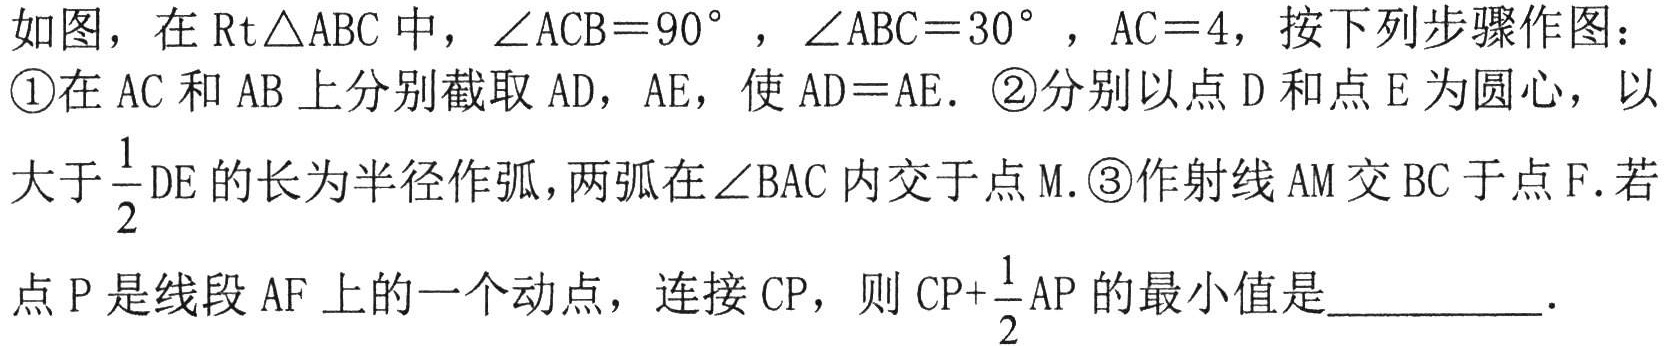
如图，在\(Rt\triangle ABC\)中，\(\angle ACB = 90^{\circ}\) ，\(\angle ABC = 30^{\circ}\) ，\(AC = 4\)，按下列步骤作图：

\textcircled{1}在\(AC\)和\(AB\)上分别截取\(AD\)，\(AE\)，使\(AD = AE\)．\textcircled{2}分别以点\(D\)和点\(E\)为圆心，以大于\(\frac{1}{2}DE\)的长为半径作弧，两弧在\(\angle BAC\)内交于点\(M\). \textcircled{3}作射线\(AM\)交\(BC\)于点\(F\). 若点\(P\)是线段\(AF\)上的一个动点，连接\(CP\)，则\(CP+\frac{1}{2}AP\)的最小值是__________．